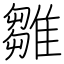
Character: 雛